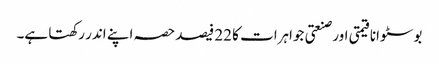
بوسٹوانا قیمتی اور صنعتی جواہرات کا 22 فیصد حصہ اپنے اندر رکھتا ہے۔